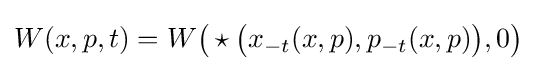
W(x,p,t)=W{\big (}\star {\big (}x_{-t}(x,p),p_{-t}(x,p){\big )},0{\big )}